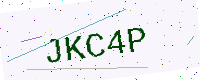
Text: JKC4P